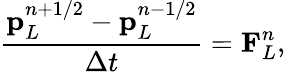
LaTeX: \frac{\mathbf{p}_{L}^{n+1/2}-\mathbf{p}_{L}^{n-1/2}}{\Delta t}=\mathbf{F}_{L}^{n},